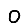
Digit: 0